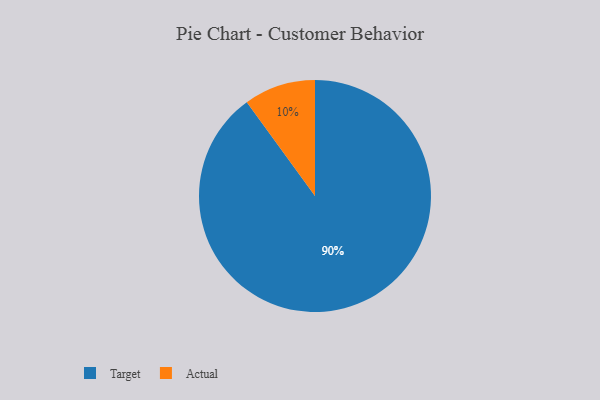
{"axis": {"x": "Category", "y": "Percentage"}, "legend": ["Actual", "Target"], "data": [{"x": "Actual", "y": 10, "type": "Actual"}, {"x": "Target", "y": 90, "type": "Target"}]}